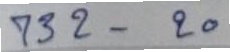
732 - 20